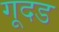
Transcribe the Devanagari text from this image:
गूदड